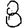
Digit: 8